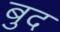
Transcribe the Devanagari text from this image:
बुद